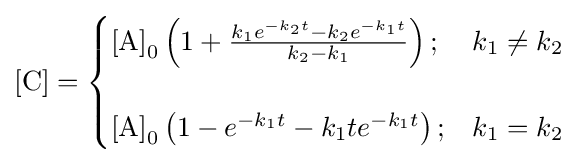
\left[{\ce {C}}\right]={\begin{cases}\left[{\ce {A}}\right]_{0}\left(1+{\frac {k_{1}e^{-k_{2}t}-k_{2}e^{-k_{1}t}}{k_{2}-k_{1}}}\right);&k_{1}\neq k_{2}\\\\\left[{\ce {A}}\right]_{0}\left(1-e^{-k_{1}t}-k_{1}te^{-k_{1}t}\right);&k_{1}=k_{2}\\\end{cases}}